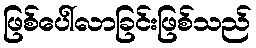
ဖြစ်ပေါ်လာခြင်းဖြစ်သည်